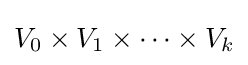
V_{0}\times V_{1}\times \cdots \times V_{k}